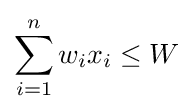
\sum _{i=1}^{n}w_{i}x_{i}\leq W